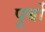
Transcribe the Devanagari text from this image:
पूर्बो